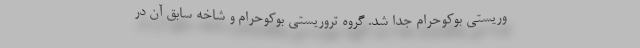
وریستی بوکوحرام جدا شد. گروه تروریستی بوکوحرام و شاخه سابق آن در